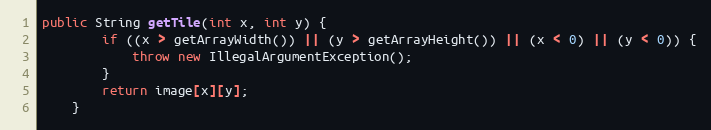
Language: Java
public String getTile(int x, int y) {
        if ((x > getArrayWidth()) || (y > getArrayHeight()) || (x < 0) || (y < 0)) {
            throw new IllegalArgumentException();
        }
        return image[x][y];
    }